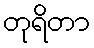
တုရိတာ